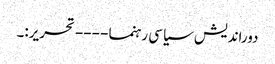
دوراندیش سیاسی رہنما ---- تحریر:۔